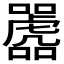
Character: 𫬲